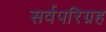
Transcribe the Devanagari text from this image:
सर्वपरिग्रह